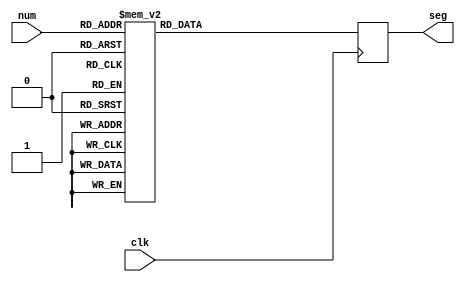
`timescale 1ns / 1ps

//////////////////////////////////////////////////////////////////////////////////
// Company: 
// Engineer: 
// 
// Design Name: 
// Module Name: bcd
// Project Name: 
// Target Devices: 
// Tool Versions: 
// Description: binary to decimal conversion for sevenseg display for values 0 - 9
// 
// Dependencies: 
// 
// Revision:
// Revision 0.01 - File Created
// Additional Comments:
// 
//////////////////////////////////////////////////////////////////////////////////

module bcd(
    input clk,
    input [3:0] num,
    output [6:0] seg
    );
    
    reg [6:0] sseg = 0; 
    assign seg = sseg;
    
    always @(posedge clk) begin
        case(num)
        4'b0000: sseg <= 7'b1000_000;        //  0
        4'b0001: sseg <= 7'b1111_001;        //  1
        4'b0010: sseg <= 7'b0100_100;        //  2
        4'b0011: sseg <= 7'b0110_000;        //  3
        4'b0100: sseg <= 7'b0011_001;        //  4
        4'b0101: sseg <= 7'b0010_010;        //  5
        4'b0110: sseg <= 7'b0000_010;        //  6
        4'b0111: sseg <= 7'b1111_000;        //  7
        4'b1000: sseg <= 7'b0000_000;        //  8
        4'b1001: sseg <= 7'b0010_000;        //  9
        4'b1010: sseg <= 7'b0001_000;        //  A
        4'b1011: sseg <= 7'b0000_011;        //  b
        4'b1100: sseg <= 7'b1000_110;        //  C
        4'b1101: sseg <= 7'b0100_001;        //  d
        4'b1110: sseg <= 7'b0000_110;        //  E
        4'b1111: sseg <= 7'b0001_110;        //  F
        default: sseg <= 7'b1111111;
        endcase 
    end
    
endmodule